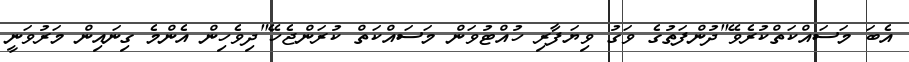
އެބަ މަސައްކަތްކުރެވޭ"ދުންފަތުގެ ވަގު ވިޔަފާރި ހުއްޓުވަން މަސައްކަތް ކުރަންޖެހޭ"ދިވެހިން އެންމެ ގިނައިން މަރުވަނީ